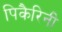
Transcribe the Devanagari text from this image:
पिकैरिनी